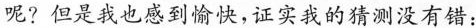
呢?但是我也感到愉快，证实我的猜测没有错：